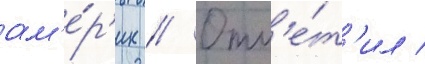
ам'е́р'ик // Отм'е́т'ил /